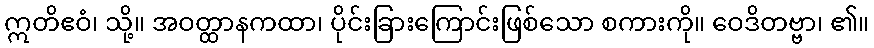
ဣတိဧဝံ၊ သို့။ အဝတ္ထာနကထာ၊ ပိုင်းခြားကြောင်းဖြစ်သော စကားကို။ ဝေဒိတဗ္ဗာ၊ ၏။